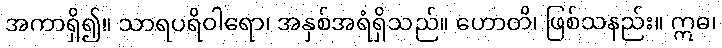
အကာရှိ၍။ သာရပရိဝါရော၊ အနှစ်အရံရှိသည်။ ဟောတိ၊ ဖြစ်သနည်း။ ဣဓ၊